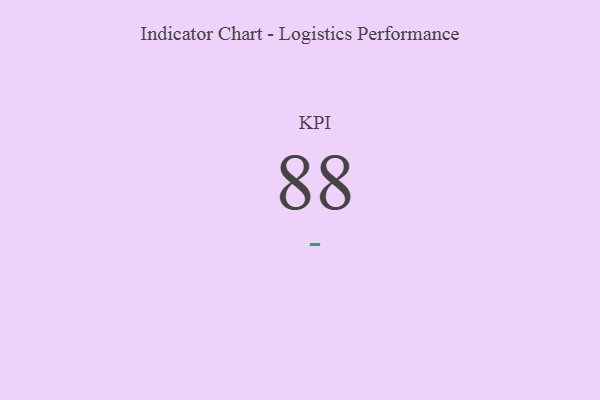
{"axis": {"x": "KPI", "y": "Value"}, "legend": [""], "data": [{"x": "KPI", "y": 88, "type": ""}]}